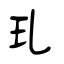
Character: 玌